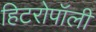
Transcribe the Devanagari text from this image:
हिटरोपॉली